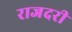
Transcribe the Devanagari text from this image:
राजदरी